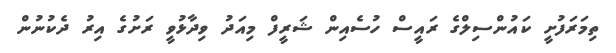
ތިމަރަފުށީ ކައުންސިލްގެ ރައީސް ހުސެއިން ޝަރީފް މިއަދު ވިދާޅުވީ ރަށުގެ އިރު ދެކުނުން